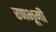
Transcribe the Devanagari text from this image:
रणभूमी